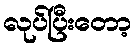
လုပ်ပြီးတော့